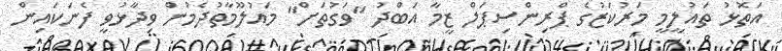
އަތޮޅު ތައުލީމީ މަރުކަޒުގެ ޕްރިންސިޕަލް ޒީމާ އަބްދު "ވަގުތަށް" މައުލޫމާތުދެމުން ވިދާޅުވީ ފެނަކައިން